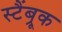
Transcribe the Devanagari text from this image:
स्टैंब्रूक